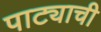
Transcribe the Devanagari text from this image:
पाट्याची